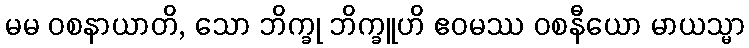
မမ ဝစနာယာတိ, သော ဘိက္ခု ဘိက္ခူဟိ ဧဝမဿ ဝစနီယော မာယသ္မာ